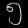
Digit: ၅